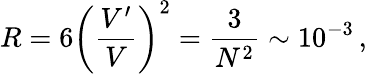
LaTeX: R=6\left(\frac{V^{\prime}}{V}\right)^{2}=\frac{3}{N^{2}}\sim 10^{-3}\, ,